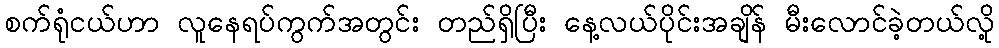
စက်ရုံငယ်ဟာ လူနေရပ်ကွက်အတွင်း တည်ရှိပြီး နေ့လယ်ပိုင်းအချိန် မီးလောင်ခဲ့တယ်လို့